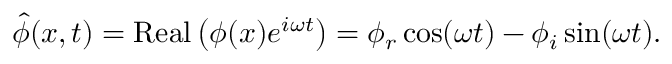
\hat { \phi } ( x , t ) = \mathrm { R e a l } \left( \phi ( x ) e ^ { i \omega t } \right) = \phi _ { r } \cos ( \omega t ) - \phi _ { i } \sin ( \omega t ) .